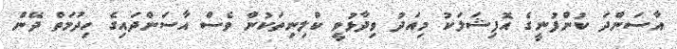
އާސަންދަ ކުންފުނީގެ އޮފިޝަލަކު މިއަދު ވިދާޅުވީ ކްލިނިތަކުން ވެސް އާސަންދައިގެ ހިދުމަތް ދޭން